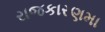
રાજકારણમા